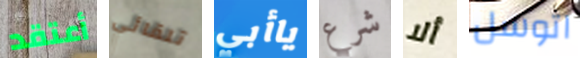
أعتقد تلقائي ياأبي شرع ألا اتوسل